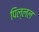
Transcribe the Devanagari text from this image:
पिल्लल